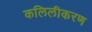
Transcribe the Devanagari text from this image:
कलिलीकरण